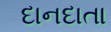
દાનદાતા